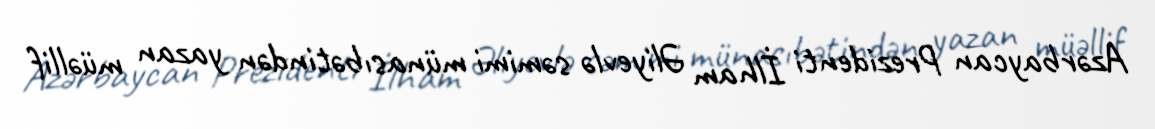
Azərbaycan Prezidenti İlham Əliyevlə səmimi münasıbətindən yazan müəllif